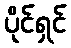
ပိုင်ရှင်